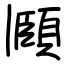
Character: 頥